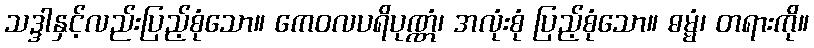
သဒ္ဒါနှင့်လည်းပြည့်စုံသော။ ကေဝလပရိပုဏ္ဏံ၊ အလုံးစုံ ပြည့်စုံသော။ ဓမ္မံ၊ တရားကို။